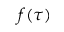
f ( \tau )